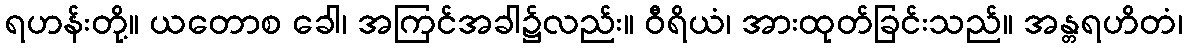
ရဟန်းတို့။ ယတောစ ခေါ၊ အကြင်အခါ၌လည်း။ ဝီရိယံ၊ အားထုတ်ခြင်းသည်။ အန္တရဟိတံ၊